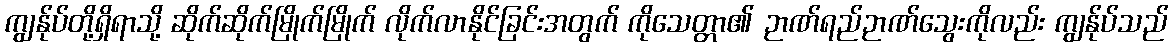
ကျွန်ုပ်တို့ရှိရာသို့ ဆိုက်ဆိုက်မြိုက်မြိုက် လိုက်လာနိုင်ခြင်းအတွက် ကိုသေတ္တာ၏ ဉာဏ်ရည်ဉာဏ်သွေးကိုလည်း ကျွန်ုပ်သည်